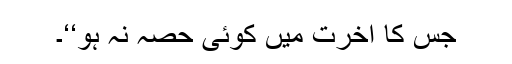
جس کا آخرت میں کوئی حصہ نہ ہو‘‘۔